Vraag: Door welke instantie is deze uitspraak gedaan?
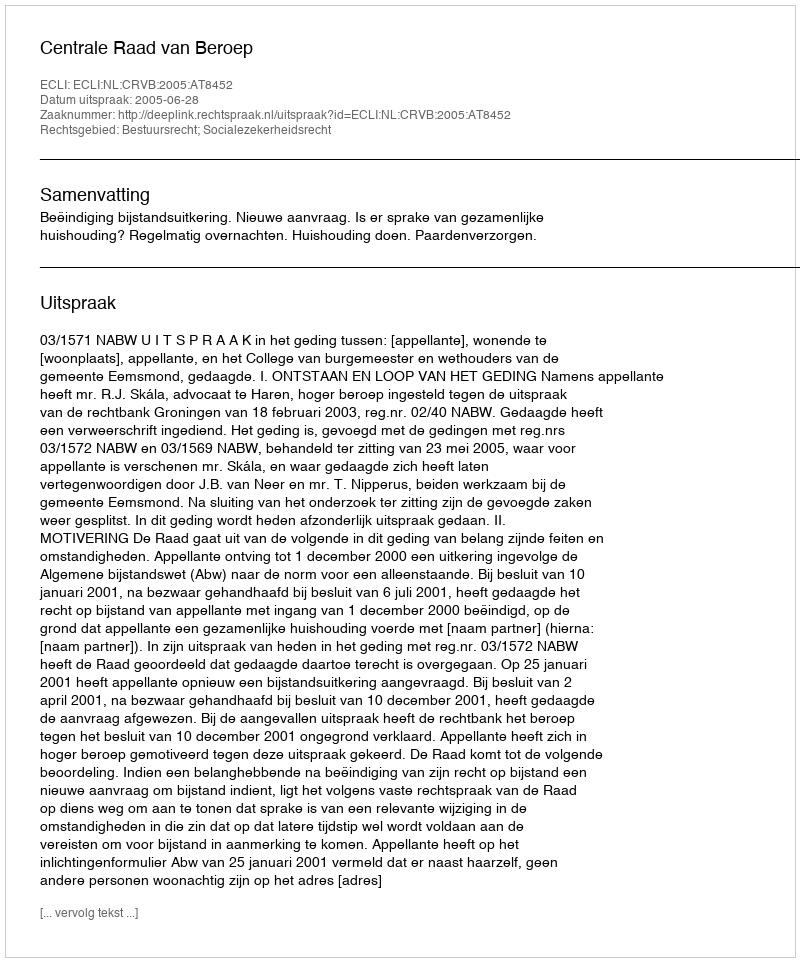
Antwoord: Centrale Raad van Beroep